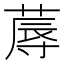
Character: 蓐